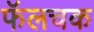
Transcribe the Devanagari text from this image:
फॅलचक